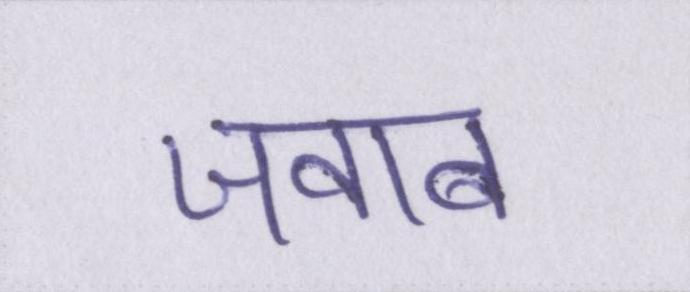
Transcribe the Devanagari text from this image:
जवाब